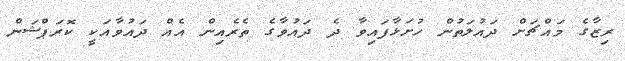
ރިޒާގެ މައްޗަށް ދައުލަތުން ހުށަޅާފައިވާ ދެ ދައުވާގެ ތެރެއިން އެއް ދައުވާއަކީ ކޮރަޕްޝަން